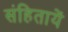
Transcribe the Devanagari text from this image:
संहितायें